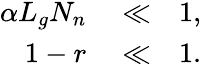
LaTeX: \begin{array}{rlr}{\alpha L_{g}N_{n}}&{{}\ll}&{1,}\\ {1-r}&{{}\ll}&{1.}\end{array}